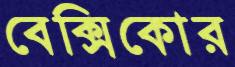
বেক্সিকোর